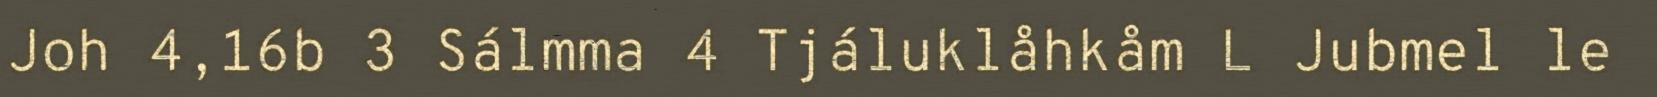
Joh 4,16b 3 Sálmma 4 Tjáluklåhkåm L Jubmel le